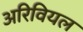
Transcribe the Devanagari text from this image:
अरिवियल